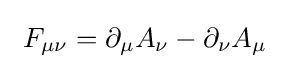
\ F_{\mu \nu }=\partial _{\mu }A_{\nu }-\partial _{\nu }A_{\mu }\